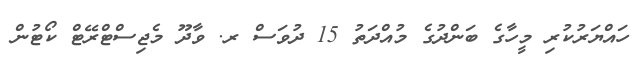
ހައްޔަރުކުރި މީހާގެ ބަންދުގެ މުއްދަތު 15 ދުވަސް ރ. ވާދޫ މެޖިސްޓްރޭޓް ކޯޓުން